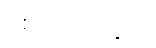
စစ်သားတွေက